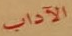
الآداب